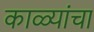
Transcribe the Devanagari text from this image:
काळ्यांचा